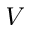
V